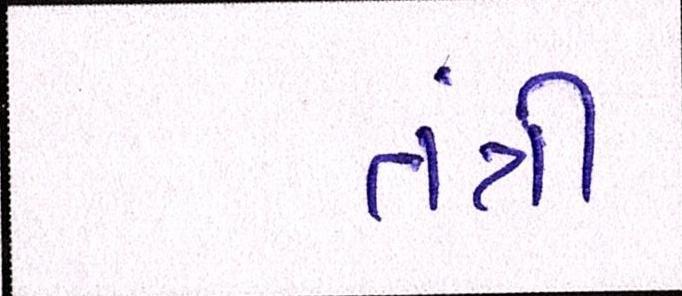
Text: તંત્રી